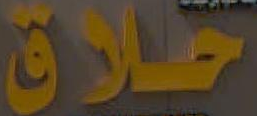
خلاق